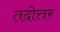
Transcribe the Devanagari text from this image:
तदोत्तर